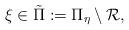
LaTeX: \begin{align*}\xi\in\tilde \Pi:=\Pi_{\eta}\setminus \mathcal{R},\end{align*}